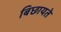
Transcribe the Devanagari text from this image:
बिछायते